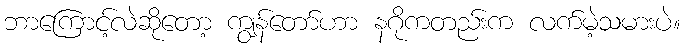
ဘာကြောင့်လဲဆိုတော့ ကျွန်တော်ဟာ နဂိုကတည်းက လက်မဲ့သမားပဲ။